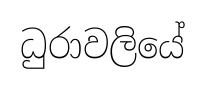
ධුරාවලියේ